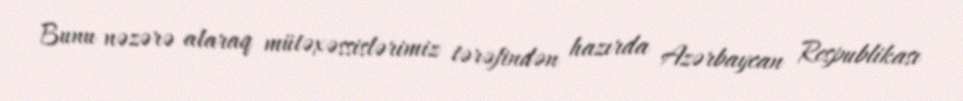
Bunu nəzərə alaraq mütəxəssislərimiz tərəfindən hazırda Azərbaycan Respublikası